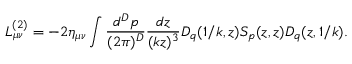
L _ { \mu \nu } ^ { ( 2 ) } = - 2 \eta _ { \mu \nu } \int { \frac { d ^ { D } p } { ( 2 \pi ) ^ { D } } } { \frac { d z } { ( k z ) ^ { 3 } } } D _ { q } ( 1 / k , z ) S _ { p } ( z , z ) D _ { q } ( z , 1 / k ) .